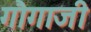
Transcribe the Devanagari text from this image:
गौगाजी